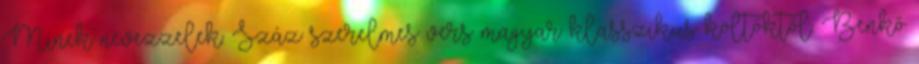
Minek nevezzelek. Száz szerelmes vers magyar klasszikus költőktől. Benkő